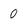
Character: 0